Problem: 36 + 37 = ?
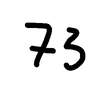
Handwritten answer: 73